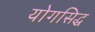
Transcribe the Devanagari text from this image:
योगसिद्ध